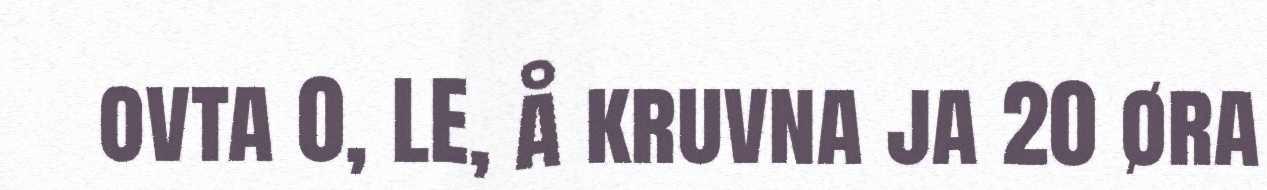
ovta 0, LE, å kruvna ja 20 øra